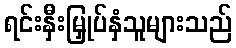
ရင်းနှီးမြှုပ်နှံသူများသည်